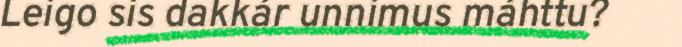
Leigo sis dakkár unnimus máhttu?